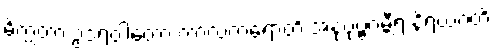
ဓိက္ကတာ ဥဒရဝါတော ကာလံကရောတိ အနုပုဗ္ဗဂမ္ဘီရံ နိရယဂတိ